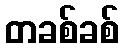
တခစ်ခစ်